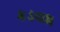
કડવાશ